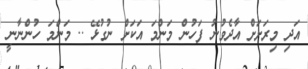
އަދި މިރަށަށް އާދެވުނު ފަހުން މަންމަ އަކަށް ނުގުޅޭ .. މަންމަ ހުންނާނީ